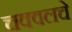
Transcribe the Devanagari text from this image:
चक्वलचे